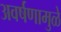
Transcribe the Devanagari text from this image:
अवर्षणामुळे